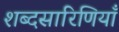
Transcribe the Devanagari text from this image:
शब्दसारिणियाँ